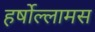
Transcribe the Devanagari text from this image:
हर्षोल्लामस